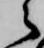
之